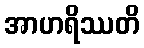
အာဟရိဿတိ